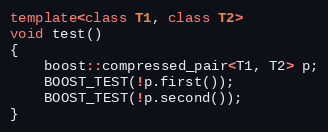
Language: C++
template<class T1, class T2>
void test()
{
    boost::compressed_pair<T1, T2> p;
    BOOST_TEST(!p.first());
    BOOST_TEST(!p.second());
}